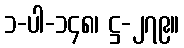
၁-ပါ-၁၄၈၊ ဋ္ဌ-၂၇၉။